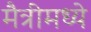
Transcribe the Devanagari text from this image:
मैत्रीमध्ये